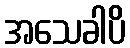
အသေခါပိ